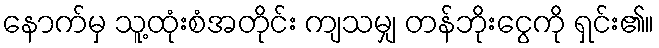
နောက်မှ သူ့ထုံးစံအတိုင်း ကျသမျှ တန်ဘိုးငွေကို ရှင်း၏။